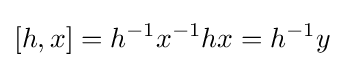
[h,x]=h^{-1}x^{-1}hx=h^{-1}y